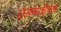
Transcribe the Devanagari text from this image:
ऊष्माक्षेपक